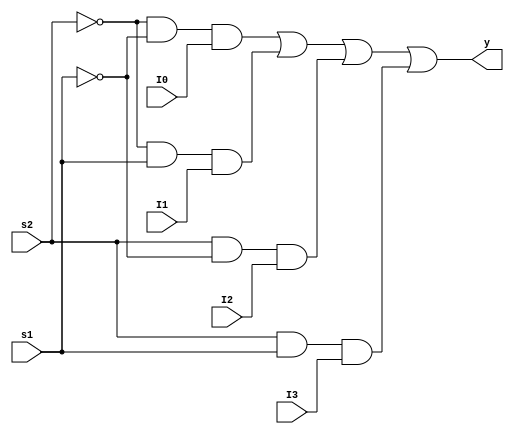
`timescale 1ns / 1ps
module mux(I0,I1,I2,I3,s2,s1,y);
input[3:0] I0;
input[3:0] I1;
input[3:0] I2;
input[3:0] I3;
input s2,s1; 
output [3:0]y;
assign y =((~s2)&(~s1)&I0)| ((~s2)&(s1)&I1)|(s2&(~s1)&I2)|(s2&s1&I3);
endmodule